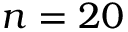
n = 2 0